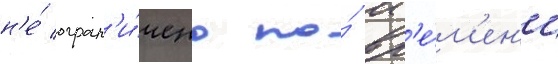
н'е́ огран'и́чено по́ вр'е́м'ен'и